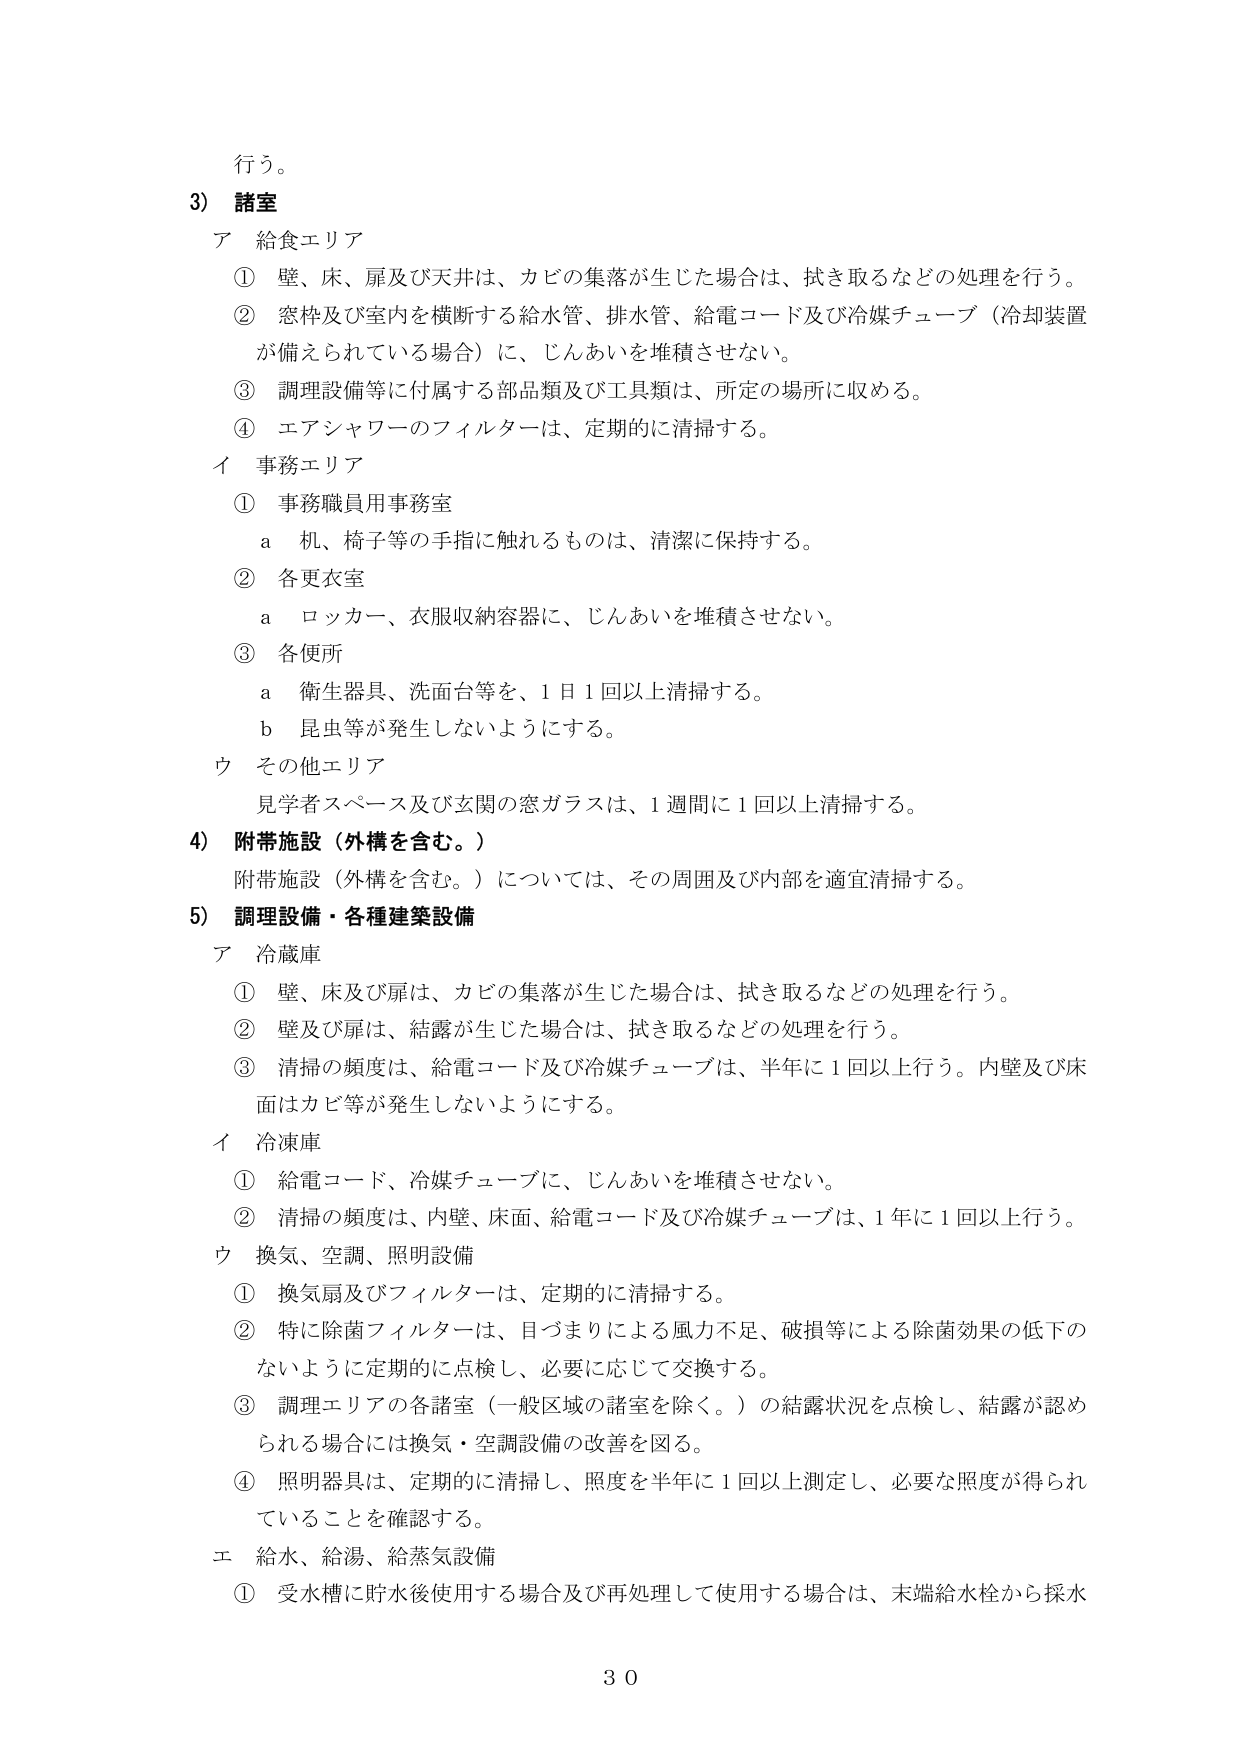
行う。

3) 諸室
ア 給食エリア
① 壁、床、扉及び天井は、カビの集落が生じた場合は、拭き取るなどの処理を行う。
② 窓枠及び室内を横断する給水管、排水管、給電コード及び冷媒チューブ（冷却装置が備えられている場合）に、じんあいを堆積させない。
③ 調理設備等に付属する部品類及び工具類は、所定の場所に収める。
④ エアシャワーのフィルターは、定期的に清掃する。
イ 事務エリア
① 事務職員用事務室
a 机、椅子等の手指に触れるものは、清潔に保持する。
② 各更衣室
a ロッカー、衣服収納容器に、じんあいを堆積させない。
③ 各便所
a 衛生器具、洗面台等を、1日1回以上清掃する。
b 昆虫等が発生しないようにする。
ウ その他エリア
見学者スペース及び玄関の窓ガラスは、1週間に1回以上清掃する。

4) 附帯施設（外構を含む。）
附帯施設（外構を含む。）については、その周囲及び内部を適宜清掃する。

5) 調理設備・各種建築設備
ア 冷蔵庫
① 壁、床及び扉は、カビの集落が生じた場合は、拭き取るなどの処理を行う。
② 壁及び扉は、結露が生じた場合は、拭き取るなどの処理を行う。
③ 清掃の頻度は、給電コード及び冷媒チューブは、半年に1回以上行う。内壁及び床面はカビ等が発生しないようにする。
イ 冷凍庫
① 給電コード、冷媒チューブに、じんあいを堆積させない。
② 清掃の頻度は、内壁、床面、給電コード及び冷媒チューブは、1年に1回以上行う。
ウ 換気、空調、照明設備
① 換気扇及びフィルターは、定期的に清掃する。
② 特に除菌フィルターは、目づまりによる風力不足、破損等による除菌効果の低下のないように定期的に点検し、必要に応じて交換する。
③ 調理エリアの各諸室（一般区域の諸室を除く。）の結露状況を点検し、結露が認められる場合には換気・空調設備の改善を図る。
④ 照明器具は、定期的に清掃し、照度を半年に1回以上測定し、必要な照度が得られていることを確認する。
エ 給水、給湯、給蒸気設備
① 受水槽に貯水後使用する場合及び再処理して使用する場合は、末端給水栓から採水

30